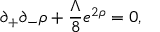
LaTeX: \partial _ { + } \partial _ { - } \rho + \frac { \Lambda } { 8 } e ^ { 2 \rho } = 0 ,